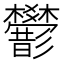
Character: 𢒻